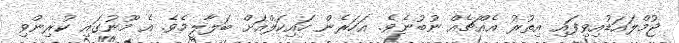
ޖުމްލައަޑުއިވިފައި އިތުރު އެއްޗެއް ނުބުނެވެ. އަހަރެން ހައިކަލްއަށް ބަލާލީމެވެ. އެ މޫނުގައި ކުރިންވި